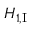
H _ { 1 , { \mathrm { I } } }